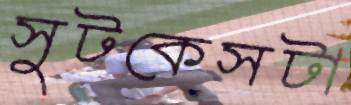
সুটকেসটা